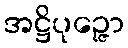
အဋ္ဌိပုဉ္ဇော